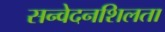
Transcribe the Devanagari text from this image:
सन्वेदनशिलता